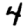
Digit: 4